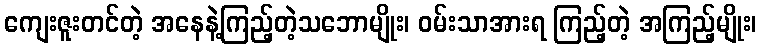
ကျေးဇူးတင်တဲ့ အနေနဲ့ကြည့်တဲ့သဘောမျိုး၊ ဝမ်းသာအားရ ကြည့်တဲ့ အကြည့်မျိုး၊